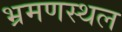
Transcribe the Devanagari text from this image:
भ्रमणस्‍थल